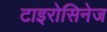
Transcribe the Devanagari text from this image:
टाइरोसिनेज